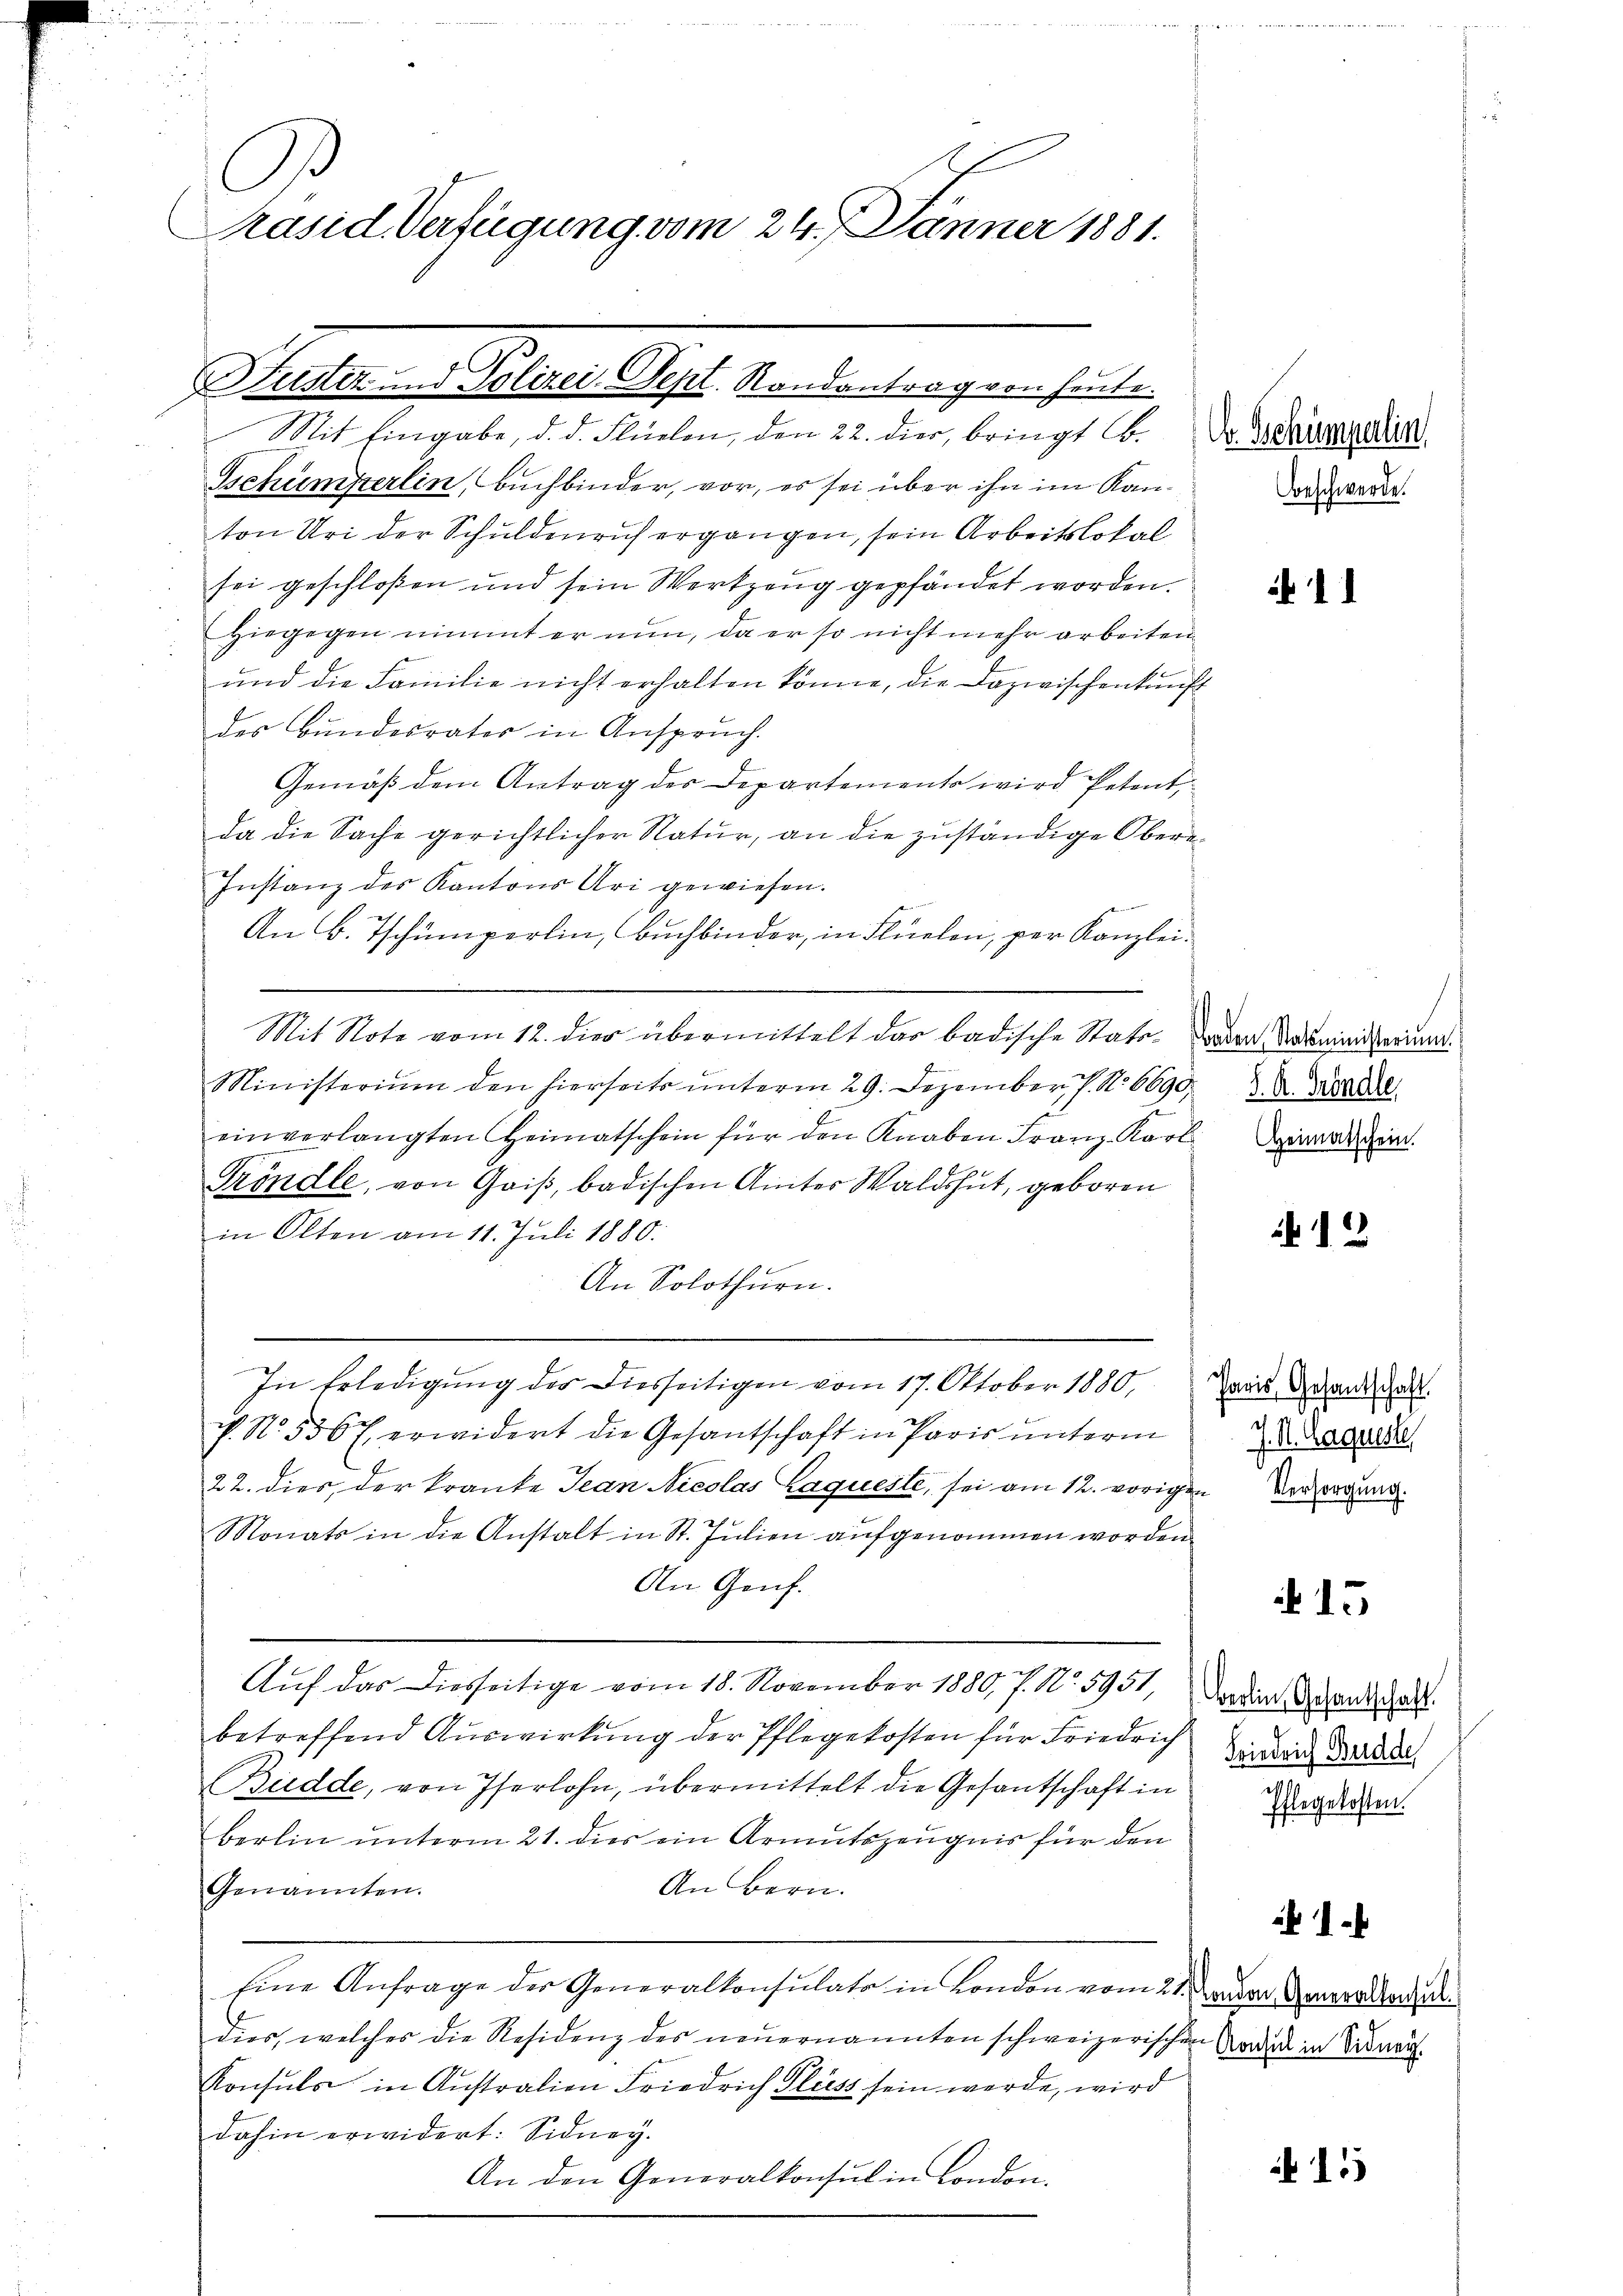
C
Präsid Verfügung vom 24. Jänner 1881.

Fuster und Polizei-Sept. Randantrag von heute.

Mit Eingabe, d. d. Flüelen, den 22. dier, bringt C. Dr. Schiengadin
Schümperlin, Buchbinder, vor, es sei über ihn im Kanton Uri der Schuldenrich ergangen, sein Arbeitslokal
sei geschloßen und sein Werkzeug gepfändet worden.
Hiegegen nimmt er nun, da er so nicht mehr arbeiten
und die Familie nicht erhalten könne, die Dazwischenkunft
des Bundesrates in Anspruch.
.
Gemäß dem Antrag des Departements wird Petent,
da die Sache gerichtlicher Natur, an die zuständige Obere¬
Instanz des Kantons Uri gewiesen.
An B. Tschumperlin, Buchbinder, in Flüelen, per Kanzlei¬
Mit Note vom 12. dies übermittelt das badische Stati- den Noministerum.
Ministerium den hierseits ŭnterm 29. Dezember 1. No 6690. d. Walde
einverlangten Heimatschein für den Knaben Franz Karl Sardi dein
Tröndle, von Gais, badischen Amter Waldshut, geboren
in Olten am 11. Juli 1880.
An Solothurn.
In Erledigung des Diesseitigen vom 17. Oktober 1880, Das Gesandten
v. N. 536 f erwidert die Gesantschaft in Paris ŭnterm 2. Dassene
22. dies der Kranke Jean Nicolas laqueste, sei am 12. vorigen Versorgung.
Monats in die Anstalt in St. Julien aufgenommen worden
An Genf.
Auf das Diesseitige vom 18. November 1880 f. No. 5951, das die Behandeshalt
betreffend Auswirkŭng der Pflegekosten für Friedrich wird dann
Budde, von Iserlohn, übermittelt die Gesantschaft in
berlin ŭnterm 21. dies ein Armutszeŭgnis für den Anderen.
An Bern.
Genannten.
Eine Anfrage der Generalkonsulato in London vom 21. ander Generalleru
dies, welches die Residenz des neuernannten schweizerischen
Konsuls in Aŭstralien Friedrich Fluss sein werde, wird
dahin erwidert: Sidney.
An den Generalkonsul in London.

Beschwerde.

11

.

15

1

11)

Konsul in Sidner.